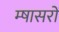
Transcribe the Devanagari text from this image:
म्षासरों